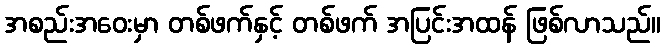
အစည်းအဝေးမှာ တစ်ဖက်နှင့် တစ်ဖက် အပြင်းအထန် ဖြစ်လာသည်။